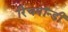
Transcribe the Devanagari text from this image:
रिचमॉन्डी